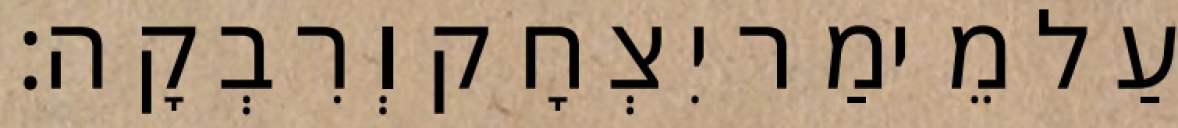
עַל מֵימַר יִצְחָק וְרִבְקָה׃